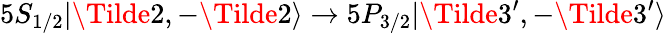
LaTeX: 5S_{1/2}|\Tilde{2},-\Tilde{2}\rangle\rightarrow 5P_{3/2}|\Tilde{3}^{\prime},-\Tilde{3}^{\prime}\rangle